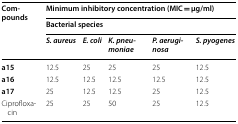
<table><thead><tr><td rowspan="3"><b>Compounds</b></td><td colspan="5"><b>Minimum inhibitory concentration (MIC = μg/ml)</b></td></tr><tr><td colspan="5"><b>Bacterial species</b></td></tr><tr><td><b><i>S. aureus</i></b></td><td><b><i>E. coli</i></b></td><td><b><i>K. pneumoniae</i></b></td><td><b><i>P. aeruginosa</i></b></td><td><b><i>S. pyogenes</i></b></td></tr></thead><tbody><tr><td><b>a15</b></td><td>12.5</td><td>25</td><td>25</td><td>25</td><td>12.5</td></tr><tr><td><b>a16</b></td><td>12.5</td><td>12.5</td><td>12.5</td><td>12.5</td><td>12.5</td></tr><tr><td><b>a17</b></td><td>25</td><td>12.5</td><td>12.5</td><td>25</td><td>12.5</td></tr><tr><td>Ciprofloxacin</td><td>25</td><td>25</td><td>50</td><td>25</td><td>12.5</td></tr></tbody></table>